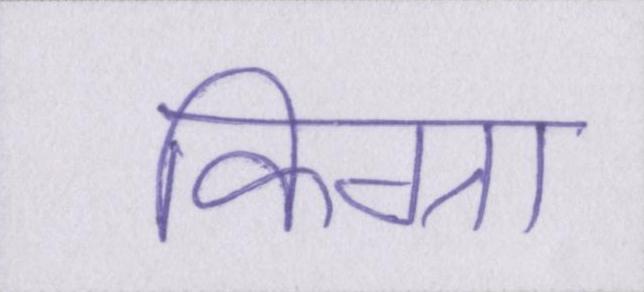
किग्रा